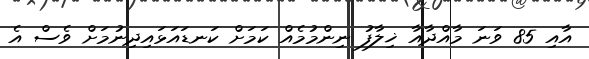
އާއި 85 ވަނަ މާއްދާއާ ޚިލާފު ނިންމުމެއް ކަމަށް ކަނޑައަޅައިދިނުމަށް ވެސް އެ